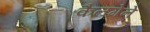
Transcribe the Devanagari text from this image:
कैलगेने